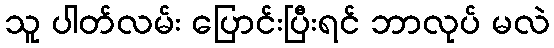
သူ ပါတ်လမ်း ပြောင်းပြီးရင် ဘာလုပ် မလဲ